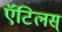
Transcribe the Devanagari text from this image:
ऍंटिलस्‌